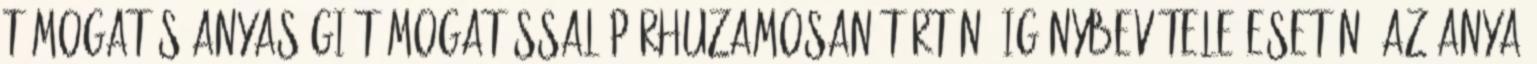
támogatás anyasági támogatással párhuzamosan történő igénybevétele esetén, az anya